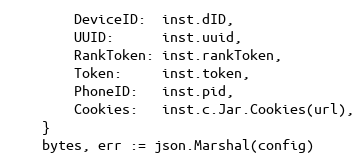
Language: Go
		DeviceID:  inst.dID,
		UUID:      inst.uuid,
		RankToken: inst.rankToken,
		Token:     inst.token,
		PhoneID:   inst.pid,
		Cookies:   inst.c.Jar.Cookies(url),
	}
	bytes, err := json.Marshal(config)